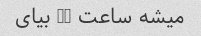
میشه ساعت 11 بیای